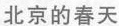
北京的春天